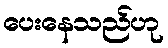
ပေးနေသည်ဟု